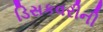
ડિસકવરીની